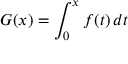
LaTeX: G ( x ) = \int _ { 0 } ^ { x } f ( t ) \, d t